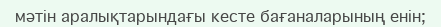
мәтін аралықтарындағы кесте бағаналарының енін;